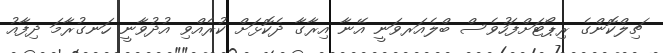
ޗިލްކޮންގެ ރިޕޯޓަށްފަހުވެސް ބްލެއަރވަނީ އޭނާ އިރާގާ ދެކޮޅަށް ކުރެއްވި އުދުވާނީ ހަނގުރާމަ ދިފާއު